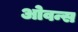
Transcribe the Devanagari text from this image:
ओवन्स